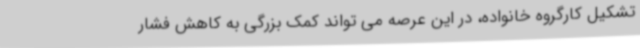
تشکیل کارگروه خانواده، در این عرصه می تواند کمک بزرگی به کاهش فشار